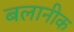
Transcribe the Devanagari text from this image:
बलानीक